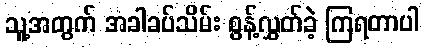
သူ့အတွက် အခါခပ်သိမ်း စွန့်လွှတ်ခဲ့ ကြရတာပါ